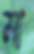
মা